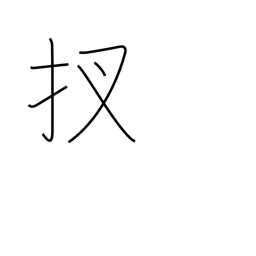
Meaning: now